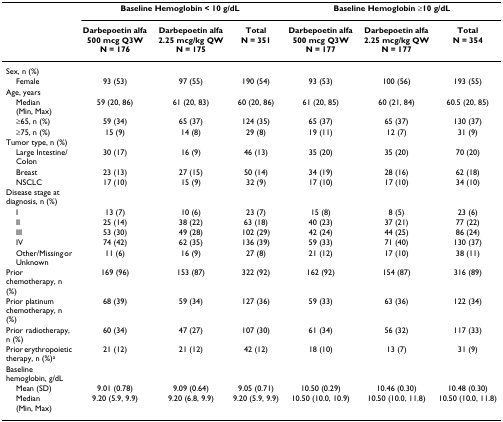
<table><thead><tr><td></td><td colspan="3"><b>Baseline Hemoglobin &lt; 10 g/dL</b></td><td colspan="3"><b>Baseline Hemoglobin ≥10 g/dL</b></td></tr><tr><td></td><td><b>Darbepoetin alfa 500 mcg Q3WN = 176</b></td><td><b>Darbepoetin alfa 2.25 mcg/kg QWN = 175</b></td><td><b>TotalN = 351</b></td><td><b>Darbepoetin alfa 500 mcg Q3WN = 177</b></td><td><b>Darbepoetin alfa 2.25 mcg/kg QWN = 177</b></td><td><b>TotalN = 354</b></td></tr></thead><tbody><tr><td>Sex, n (%)</td><td></td><td></td><td></td><td></td><td></td><td></td></tr><tr><td> Female</td><td>93 (53)</td><td>97 (55)</td><td>190 (54)</td><td>93 (53)</td><td>100 (56)</td><td>193 (55)</td></tr><tr><td>Age, years</td><td></td><td></td><td></td><td></td><td></td><td></td></tr><tr><td> Median (Min, Max)</td><td>59 (20, 86)</td><td>61 (20, 83)</td><td>60 (20, 86)</td><td>61 (20, 85)</td><td>60 (21, 84)</td><td>60.5 (20, 85)</td></tr><tr><td> ≥65, n (%)</td><td>59 (34)</td><td>65 (37)</td><td>124 (35)</td><td>65 (37)</td><td>65 (37)</td><td>130 (37)</td></tr><tr><td> ≥75, n (%)</td><td>15 (9)</td><td>14 (8)</td><td>29 (8)</td><td>19 (11)</td><td>12 (7)</td><td>31 (9)</td></tr><tr><td>Tumor type, n (%)</td><td></td><td></td><td></td><td></td><td></td><td></td></tr><tr><td> Large Intestine/Colon</td><td>30 (17)</td><td>16 (9)</td><td>46 (13)</td><td>35 (20)</td><td>35 (20)</td><td>70 (20)</td></tr><tr><td> Breast</td><td>23 (13)</td><td>27 (15)</td><td>50 (14)</td><td>34 (19)</td><td>28 (16)</td><td>62 (18)</td></tr><tr><td> NSCLC</td><td>17 (10)</td><td>15 (9)</td><td>32 (9)</td><td>17 (10)</td><td>17 (10)</td><td>34 (10)</td></tr><tr><td>Disease stage at diagnosis, n (%)</td><td></td><td></td><td></td><td></td><td></td><td></td></tr><tr><td> I</td><td>13 (7)</td><td>10 (6)</td><td>23 (7)</td><td>15 (8)</td><td>8 (5)</td><td>23 (6)</td></tr><tr><td> II</td><td>25 (14)</td><td>38 (22)</td><td>63 (18)</td><td>40 (23)</td><td>37 (21)</td><td>77 (22)</td></tr><tr><td> III</td><td>53 (30)</td><td>49 (28)</td><td>102 (29)</td><td>42 (24)</td><td>44 (25)</td><td>86 (24)</td></tr><tr><td> IV</td><td>74 (42)</td><td>62 (35)</td><td>136 (39)</td><td>59 (33)</td><td>71 (40)</td><td>130 (37)</td></tr><tr><td> Other/Missing or Unknown</td><td>11 (6)</td><td>16 (9)</td><td>27 (8)</td><td>21 (12)</td><td>17 (10)</td><td>38 (11)</td></tr><tr><td>Prior chemotherapy, n (%)</td><td>169 (96)</td><td>153 (87)</td><td>322 (92)</td><td>162 (92)</td><td>154 (87)</td><td>316 (89)</td></tr><tr><td>Prior platinum chemotherapy, n (%)</td><td>68 (39)</td><td>59 (34)</td><td>127 (36)</td><td>59 (33)</td><td>63 (36)</td><td>122 (34)</td></tr><tr><td>Prior radiotherapy, n (%)</td><td>60 (34)</td><td>47 (27)</td><td>107 (30)</td><td>61 (34)</td><td>56 (32)</td><td>117 (33)</td></tr><tr><td>Prior erythropoietic therapy, n (%)<sup>a</sup></td><td>21 (12)</td><td>21 (12)</td><td>42 (12)</td><td>18 (10)</td><td>13 (7)</td><td>31 (9)</td></tr><tr><td>Baseline hemoglobin, g/dL</td><td></td><td></td><td></td><td></td><td></td><td></td></tr><tr><td> Mean (SD)</td><td>9.01 (0.78)</td><td>9.09 (0.64)</td><td>9.05 (0.71)</td><td>10.50 (0.29)</td><td>10.46 (0.30)</td><td>10.48 (0.30)</td></tr><tr><td> Median (Min, Max)</td><td>9.20 (5.9, 9.9)</td><td>9.20 (6.8, 9.9)</td><td>9.20 (5.9, 9.9)</td><td>10.50 (10.0, 10.9)</td><td>10.50 (10.0, 11.8)</td><td>10.50 (10.0, 11.8)</td></tr></tbody></table>